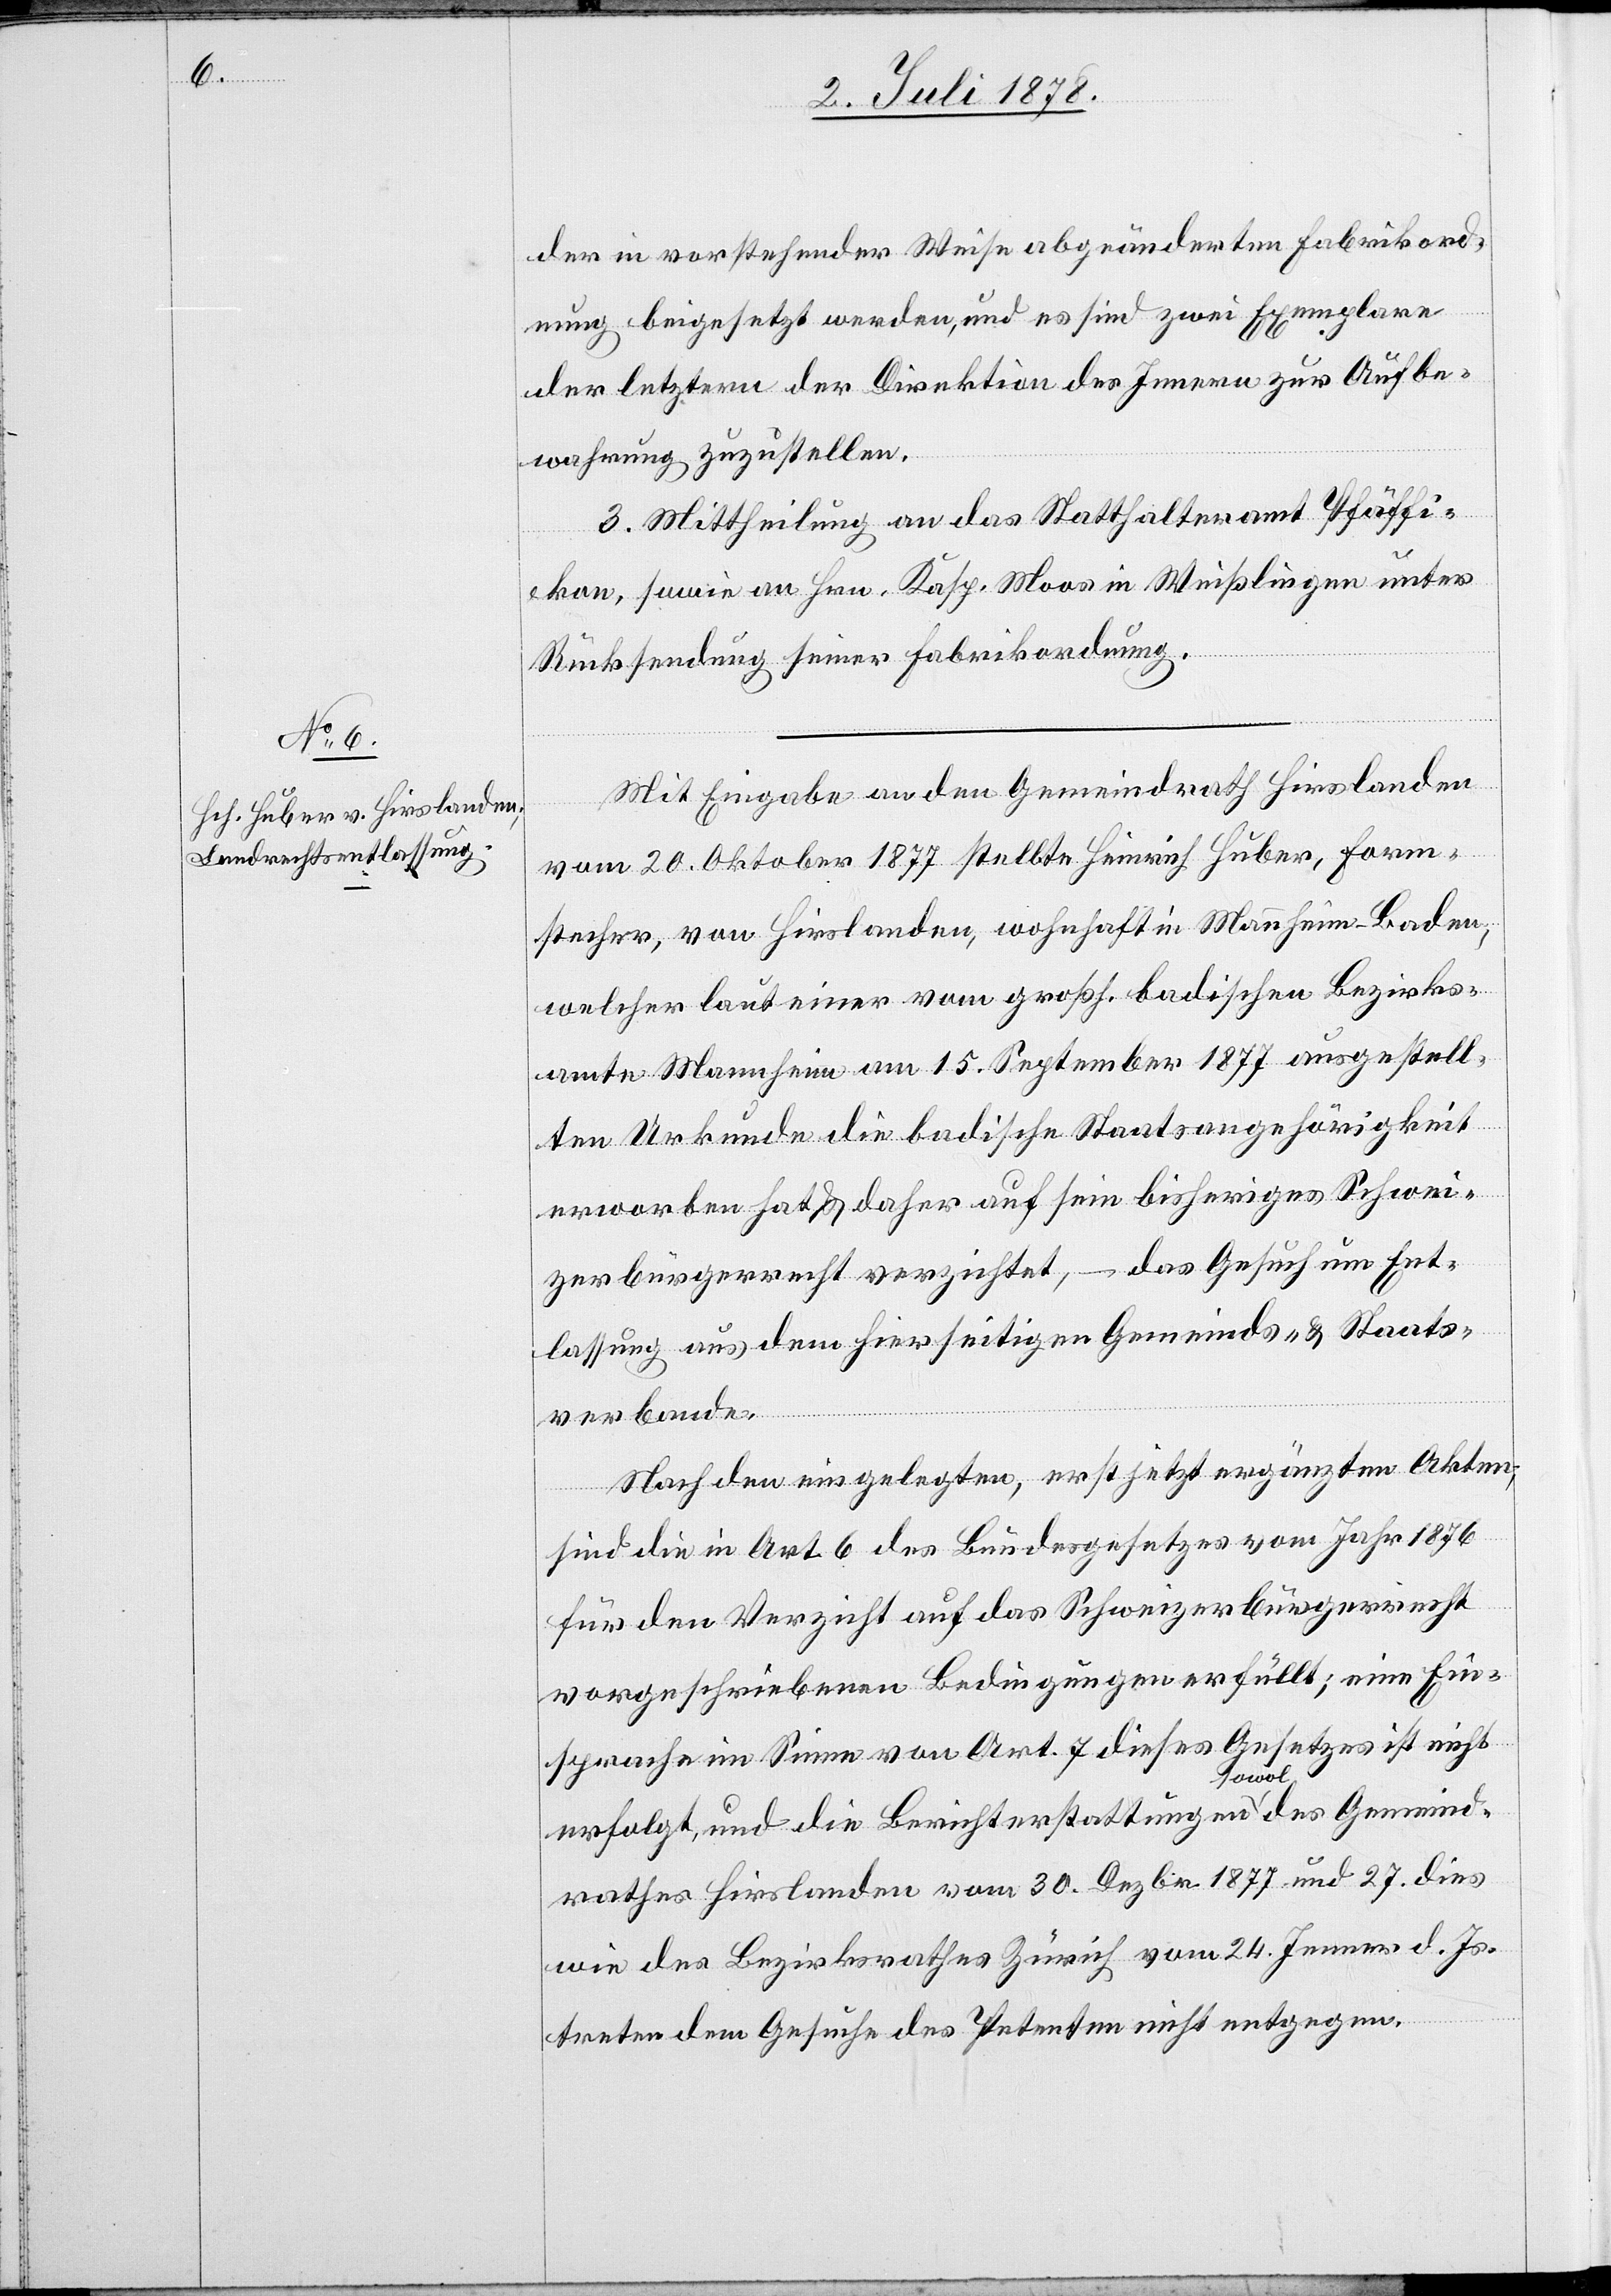
der in vorstehender Weise abgeänderten Fabrikord¬
nung beigesetzt werden, und es sind zwei Exemplare
der letztern der Direktion des Innern zur Aufbe¬
wahrung zuzustellen.
3. Mittheilung an das Statthalteramt Pfäffi¬
kon, sowie an Hrn. Kasp. Moos in Weißlingen unter
Rücksendung seiner Fabrikordnung.
Mit Eingabe an den Gemeindrath Hirslanden
vom 20. Oktober 1877 stellte Heinrich Huber, Form¬
stecher, von Hirslanden, wohnhaft in Mannheim - Baden,
welcher laut einer vom großh. badischen Bezirks¬
amte Mannheim am 15. September 1877 ausgestell¬
ten Urkunde die badische Staatsangehörigkeit
erworben hat & daher auf sein bisheriges Schwei¬
zerbürgerrecht verzichtet, – das Gesuch um Ent¬
lassung aus dem hierseitigen Gemeinds- & Staats¬
verbande.
Nach den eingelegten, erst jetzt ergänzten Akten
sind die in Art. 6 des Bundesgesetzes vom Jahr 1876
für den Verzicht auf das Schweizerbürgerrecht
vorgeschriebenen Bedingungen erfüllt; eine Ein¬
sprache im Sinne von Art. 7 dieses Gesetzes ist nicht
erfolgt, und die Berichterstattungen sowol des Gemeind¬
rathes Hirslanden vom 30. Dezbr. 1877 und 27. dies
wie des Bezirksrathes Zürich vom 24. Jenner d. Js.
treten dem Gesuche des Petenten nicht entgegen.